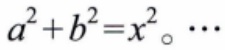
\(a^{2}+b^{2}=x^{2}\)。\(\cdots\)